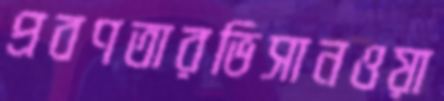
প্রবণতারভিসানওয়া